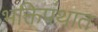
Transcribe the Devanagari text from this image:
भक्तिपंथात